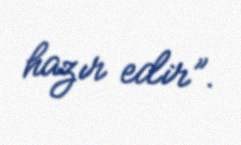
hazır edir”.